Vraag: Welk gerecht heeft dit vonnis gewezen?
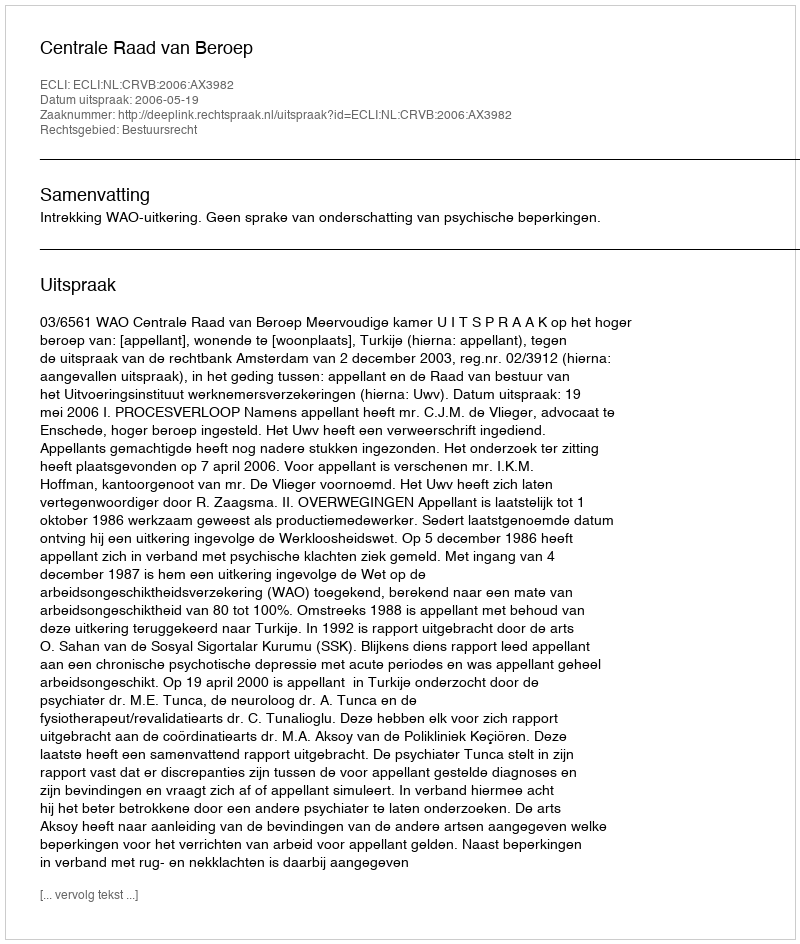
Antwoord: Centrale Raad van Beroep